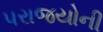
પરાજયોની